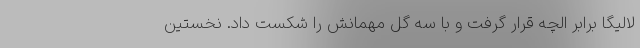
لالیگا برابر الچه قرار گرفت و با سه گل مهمانش را شکست داد. نخستین